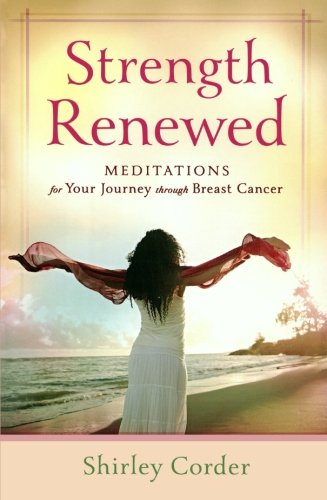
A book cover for Strength Renewed: Meditations for Your Journey through Breast Cancer; Shirley Corder; Health, Fitness & Dieting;